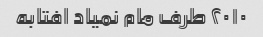
۲۰۱۰ طرف مام نمیاد افتابه